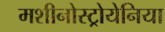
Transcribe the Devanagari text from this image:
मशीनोस्ट्रोयेनिया